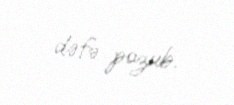
dəfə pozub.